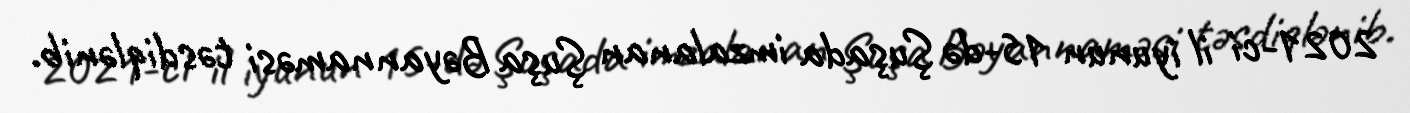
2021-ci il iyunun 15-də Şuşada imzalanan Şuşa Bəyannaməsi təsdiqlənib.